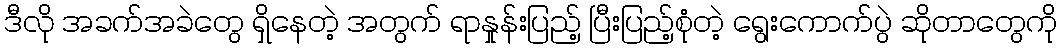
ဒီလို အခက်အခဲတွေ ရှိနေတဲ့ အတွက် ရာနှုန်းပြည့် ပြီးပြည့်စုံတဲ့ ရွေးကောက်ပွဲ ဆိုတာတွေကို